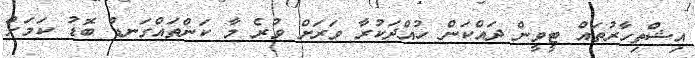
އިޝްތިހާރުތައް ޓީވީން ދައްކަން ހުއްދަކުރާ ވަރަށް ވުރެ މާ ކަންތައްގަނޑު ބޮޑު ކަމަށް